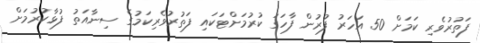
ފަތުރުވެރި ކަމަށް 50 އަހަރު ފުރުން ފާހަގަ ކުރުމަށްޓަކައި ފަތުރުވެރިކަމުގެ ސިނާއަތު ފުޅާކުރުމަށް